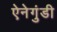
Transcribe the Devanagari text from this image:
ऐनेगुंडी